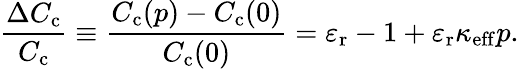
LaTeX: \frac{\Delta C_{\mathrm{c}}}{C_{\mathrm{c}}}\equiv\frac{C_{\mathrm{c}}(p)-C_{\mathrm{c}}(0)}{C_{\mathrm{c}}(0)}=\varepsilon_{\mathrm{r}}-1+\varepsilon_{\mathrm{r}}\kappa_{\mathrm{eff}}p.